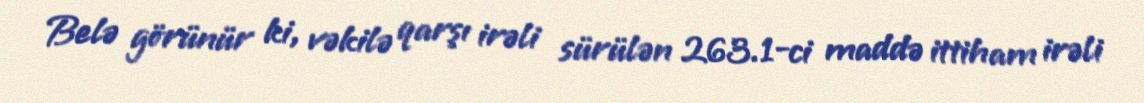
Belə görünür ki, vəkilə qarşı irəli sürülən 263.1-ci maddə ittiham irəli